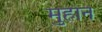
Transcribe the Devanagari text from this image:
मुहान